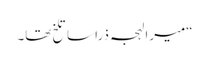
“میرا لہجہ ذرا سا تلخ تھا۔